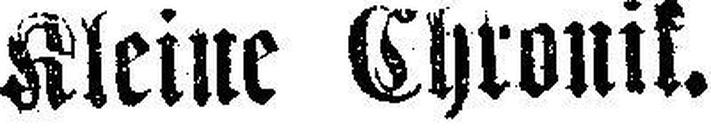
Kleiue Chronik.